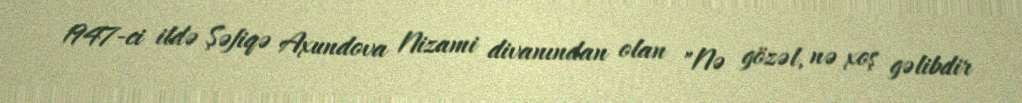
1947-ci ildə Şəfiqə Axundova Nizami divanından olan "Nə gözəl, nə xoş gəlibdir